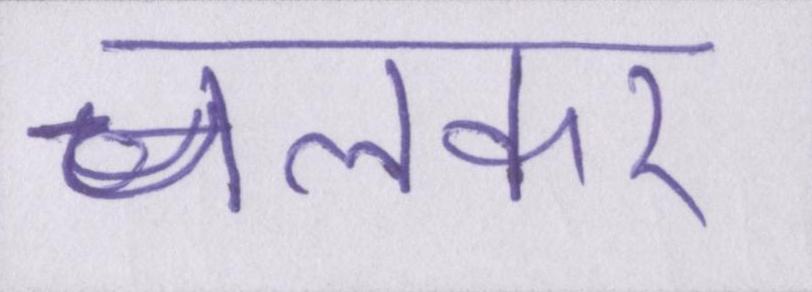
चलकर